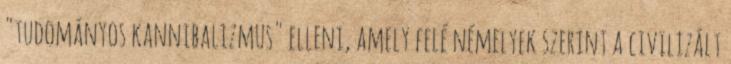
"tudományos kannibalizmus" elleni, amely felé némelyek szerint a civilizált